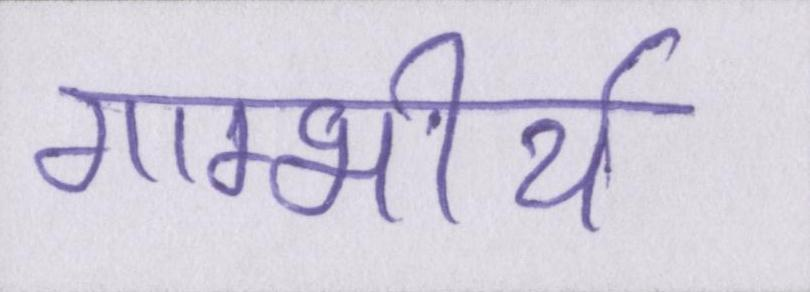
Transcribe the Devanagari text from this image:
गाम्भीर्य